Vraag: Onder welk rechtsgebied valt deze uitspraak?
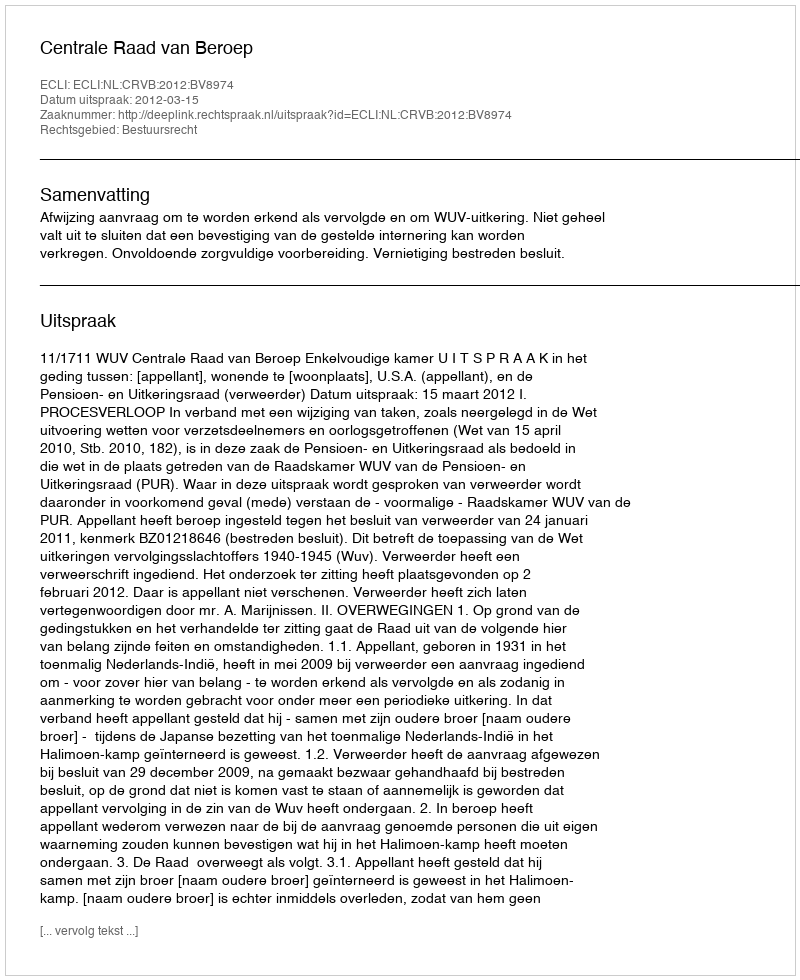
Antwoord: Bestuursrecht